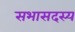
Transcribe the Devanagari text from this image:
सभासदस्य